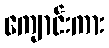
ကျောင်းကား